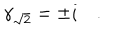
\gamma _ { \sqrt { 2 } } = \pm i \quad .